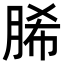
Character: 脪